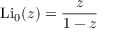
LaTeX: \operatorname { L i } _ { 0 } ( z ) = { \frac { z } { 1 - z } }